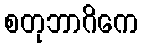
စတုဘာဂိကေ